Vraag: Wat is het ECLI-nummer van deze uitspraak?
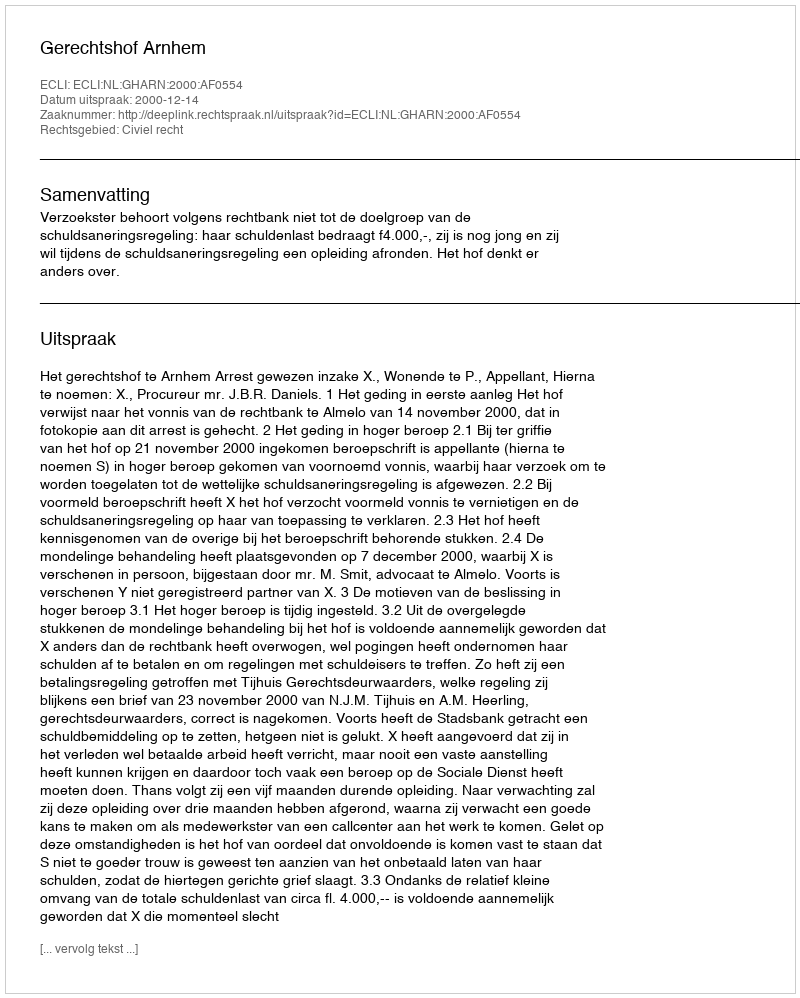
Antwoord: ECLI:NL:GHARN:2000:AF0554